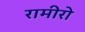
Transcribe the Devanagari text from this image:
रामीरो